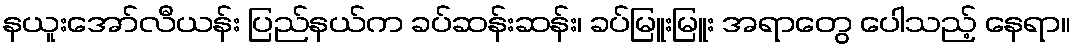
နယူးအော်လီယန်း ပြည်နယ်က ခပ်ဆန်းဆန်း၊ ခပ်မြူးမြူး အရာတွေ ပေါသည့် နေရာ။